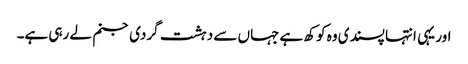
اور یہی انتہا پسندی وہ کوکھ ہے جہاں سے دہشت گردی جنم لے رہی ہے۔